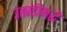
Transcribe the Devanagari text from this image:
उतरंडीमद्धे